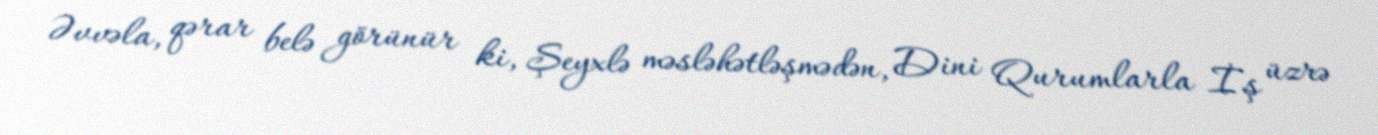
Əvvəla, qərar belə görünür ki, Şeyxlə məsləhətləşmədən, Dini Qurumlarla İş üzrə